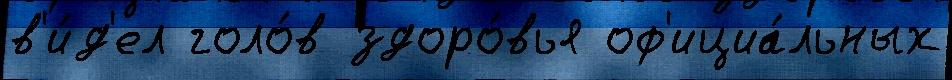
в'и́д'ел голо́в здоро́вья оф'ициа́льных